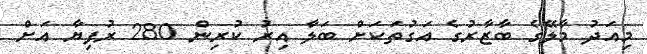
މިއަދު މާލޭގެ ބާޒާރުގެ އަގުތަކަށް ބަލާ އިރު ކުރިން 280 ރުފިޔާ އަށް